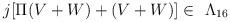
LaTeX: \begin{align*}j[\Pi (V+W) +(V+W)] \in \ \Lambda _{16}\end{align*}